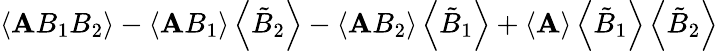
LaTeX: \left\langle\mathbf{A}B_{1}B_{2}\right\rangle-\left\langle\mathbf{A}B_{1}\right\rangle\left\langle\tilde{{B}}_{2}\right\rangle-\left\langle\mathbf{A}B_{2}\right\rangle\left\langle\tilde{{B}}_{1}\right\rangle+\left\langle\mathbf{A}\right\rangle\left\langle\tilde{{B}}_{1}\right\rangle\left\langle\tilde{{B}}_{2}\right\rangle